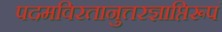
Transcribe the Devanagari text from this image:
पदमविरतानुत्तरज्ञाप्तिरूपं